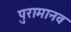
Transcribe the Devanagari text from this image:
पुरामानव